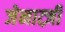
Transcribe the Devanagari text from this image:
जेनात्ज़ी